Senior Leaving Certificate Examination (including Day School Certificate (Higher) General paper), 1950
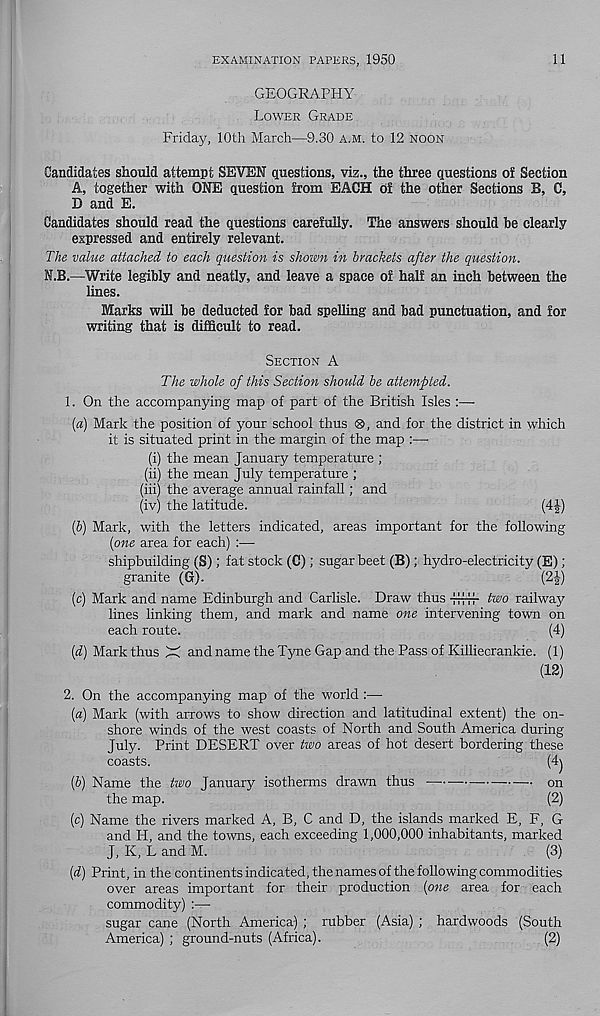
EXAMINATION PAPERS, 1950
11
GEOGRAPHY
LOWER GRADE
Friday, 10th March—9.30 A.M. to 12 NOON
Candidates should attempt SEVEN questions, viz., the three questions of Section
A, together with ONE question from EACH of the other Sections B, C,
D and E.
Candidates should read the questions carefully. The answers should be clearly
expressed and entirely relevant.
The value attached to each question is shown in brackets after the question.
M.B.—Write legibly and neatly, and leave a space of half an inch between the
lines.
Marks will be deducted for bad spelling and bad punctuation, and for
writing that is difficult to read.
SECTION A
The whole of this Section should be attempted.
1. On the accompanying map of part of the British Isles :—
(a) Mark the position of your school thus <8>, and for the district in which
it is situated print in the margin of the map :—
(i) the mean January temperature ;
(ii) the mean July temperature ;
(hi) the average annual rainfall; and
(iv) the latitude.
(4|-)
(6) Mark, with the letters indicated, areas important for the following
[one area for each) :—■
shipbuilding (S); fat stock (C); sugar beet (B); hydro-electricity (E);
granite (Gr).
(2-|)
(c) Mark and name Edinburgh and Carlisle. Draw thus
f two railway
lines linking them, and mark and name one intervening town on
each route.
(4)
(d) Mark thus X and name the Tyne Gap and the Pass of Killiecrankie. (1)
(12)
2. On the accompanying map of the world :—
(а) Mark (with arrows to show direction and latitudinal extent) the on-
shore winds of the west coasts of North and South America during
July. Print DESERT over two areas of hot desert bordering these
coasts.
(4j
(б) Name the two January isotherms drawn thus
on
the map.
(2)
(c) Name the rivers marked A, B, C and D, the islands marked E, F, G
and H, and the towns, each exceeding 1,000,000 inhabitants, marked
J, K, L and M.
(3)
{d) Print, in the continents indicated, the names of the following commodities
over areas important for their production {one area for each
commodity) :—-
sugar cane (North America) ; rubber (Asia) ; hardwoods (South
America) ; ground-nuts (Africa).
(2)